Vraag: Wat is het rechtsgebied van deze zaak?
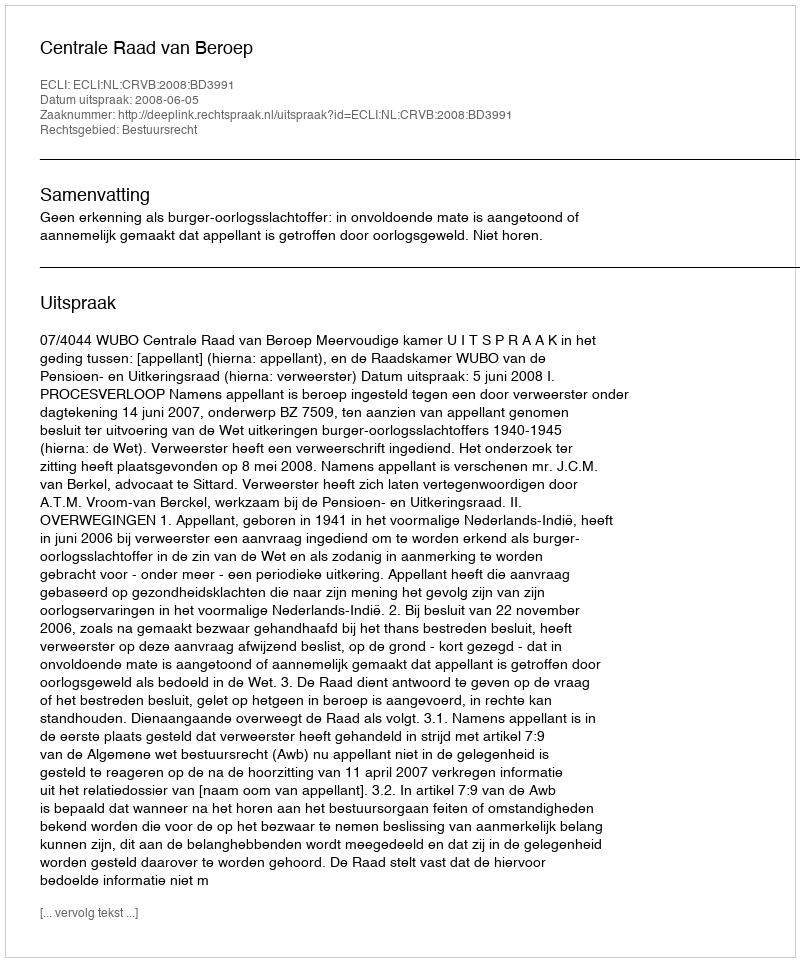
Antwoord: Bestuursrecht